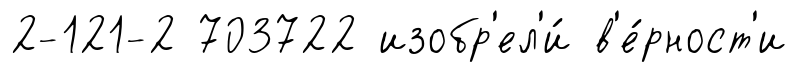
2-121-2 703722 изобр'ел'и́ в'е́рност'и